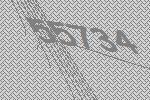
55734